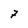
Character: 7